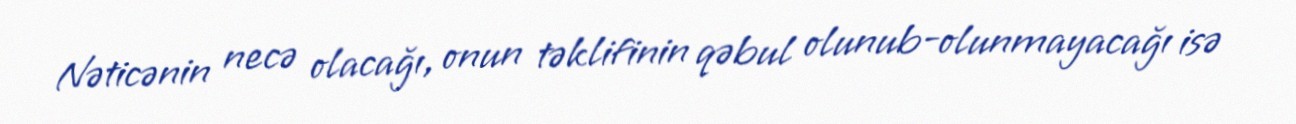
Nəticənin necə olacağı, onun təklifinin qəbul olunub-olunmayacağı isə